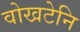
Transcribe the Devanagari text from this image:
वोखटेनि